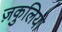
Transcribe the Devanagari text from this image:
ज़कुलियो